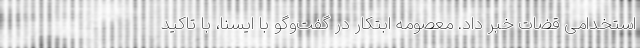
استخدامی قضات خبر داد. معصومه ابتکار در گفت‌وگو با ایسنا، با تاکید